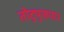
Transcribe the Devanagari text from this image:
तोटुपुज़यार